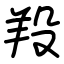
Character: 羖